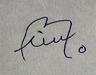
Signature authenticity: forged